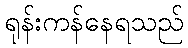
ရုန်းကန်နေရသည်